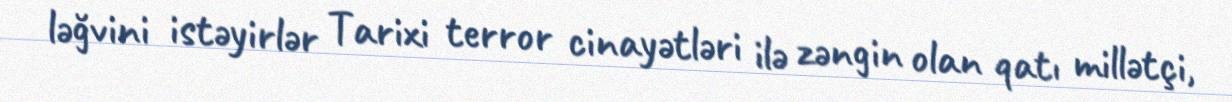
ləğvini istəyirlər Tarixi terror cinayətləri ilə zəngin olan qatı millətçi,